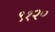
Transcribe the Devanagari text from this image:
९१२०